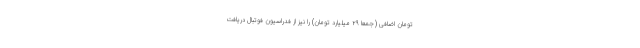
تومان اضافی (جمعا ۲۹ میلیارد تومان) را نیز از فدراسیون فوتبال دریافت